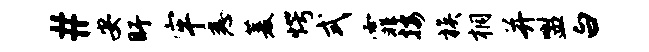
#安盱牢悉菱愕式霏按族桐并盥白